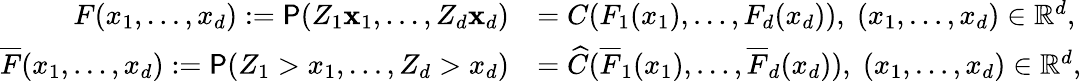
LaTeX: \begin{array}{rl}{F(x_{1},\ldots,x_{d}):=\P(Z_{1}\le x_{1},\ldots,Z_{d}\le x_{d})}&{=C(F_{1}(x_{1}),\ldots,F_{d}(x_{d})),\; (x_{1},\ldots,x_{d})\in\mathbb{R}^{d},}\\ {\overline{{F}}(x_{1},\ldots,x_{d}):=\P(Z_{1}>x_{1},\ldots,Z_{d}>x_{d})}&{=\widehat{C}(\overline{{F}}_{1}(x_{1}),\ldots,\overline{{F}}_{d}(x_{d})),\; (x_{1},\ldots,x_{d})\in\mathbb{R}^{d},}\end{array}